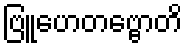
ဗြူဟေတဗ္ဗောတိ